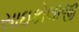
સાઇકોલૉજી